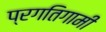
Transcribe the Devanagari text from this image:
प्रगतिगामी